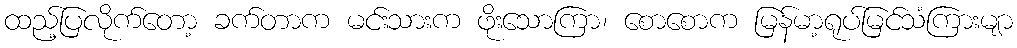
ထည့်ပြလိုက်တော့ ခက်တာက မင်းသားက ဖိုးသောကြာ၊ စောစောက မြန်မာ့ရုပ်မြင်သံကြားမျာ